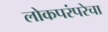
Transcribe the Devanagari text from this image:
लोकपरंपरेचा